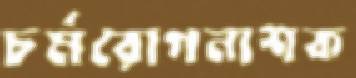
চর্মরোগনাশক